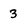
Character: 3